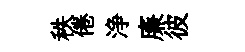
秩倦浄廉彼